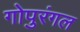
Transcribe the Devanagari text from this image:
गोपुरंगल